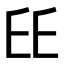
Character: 𠂩